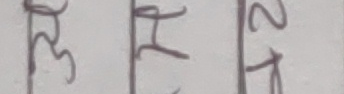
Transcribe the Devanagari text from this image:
ङ झ २र